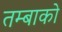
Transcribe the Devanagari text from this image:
तम्बाको